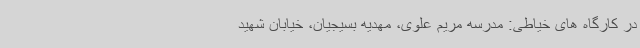
در کارگاه های خیاطی: مدرسه مریم علوی، مهدیه بسیجیان، خیابان شهید